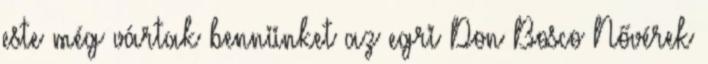
este még vártak bennünket az egri Don Bosco Nővérek